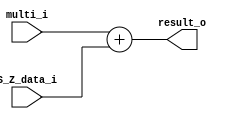
/******************************************************************
*Module name : ADD
*Type        : Verilog Module
*
*Description : Accumulator/Adder (combinational logic) 
*------------------------------------------------------------------
*	clocks    : posedge clock "clk"
*	reset		 : sync rstn
* 
*Parameters  : none
*
******************************************************************/

module ADD(
	input [15:0] multi_i,
	input [15:0] S_Z_data_i,
	
	output [15:0] result_o); 
	
assign result_o = multi_i + S_Z_data_i;
	
endmodule